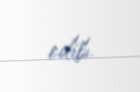
edib.